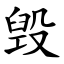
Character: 毁